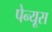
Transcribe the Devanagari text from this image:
पेन्यूस